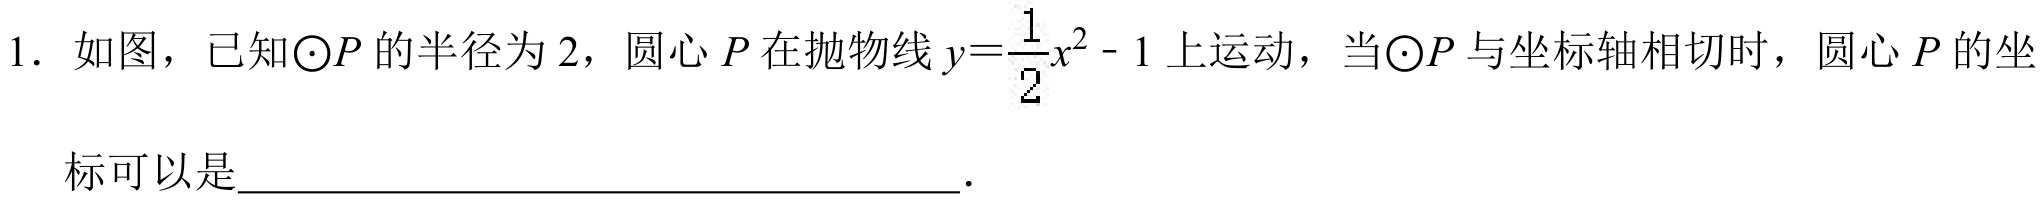
1. 如图，已知\(\odot P\)的半径为\(2\)，圆心\(P\)在抛物线\(y = \frac{1}{2}x^{2}-1\)上运动，当\(\odot P\)与坐标轴相切时，圆心\(P\)的坐标可以是____________________________________．